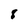
Character: 8